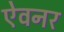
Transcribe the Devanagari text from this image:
ऐवनर